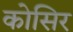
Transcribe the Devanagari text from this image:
कोसिर